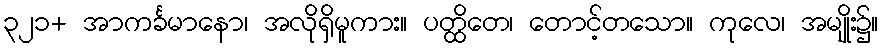
၃၂၁+ အာကင်္ခမာနော၊ အလိုရှိမူကား။ ပတ္ထိတေ၊ တောင့်တသော။ ကုလေ၊ အမျိုး၌။